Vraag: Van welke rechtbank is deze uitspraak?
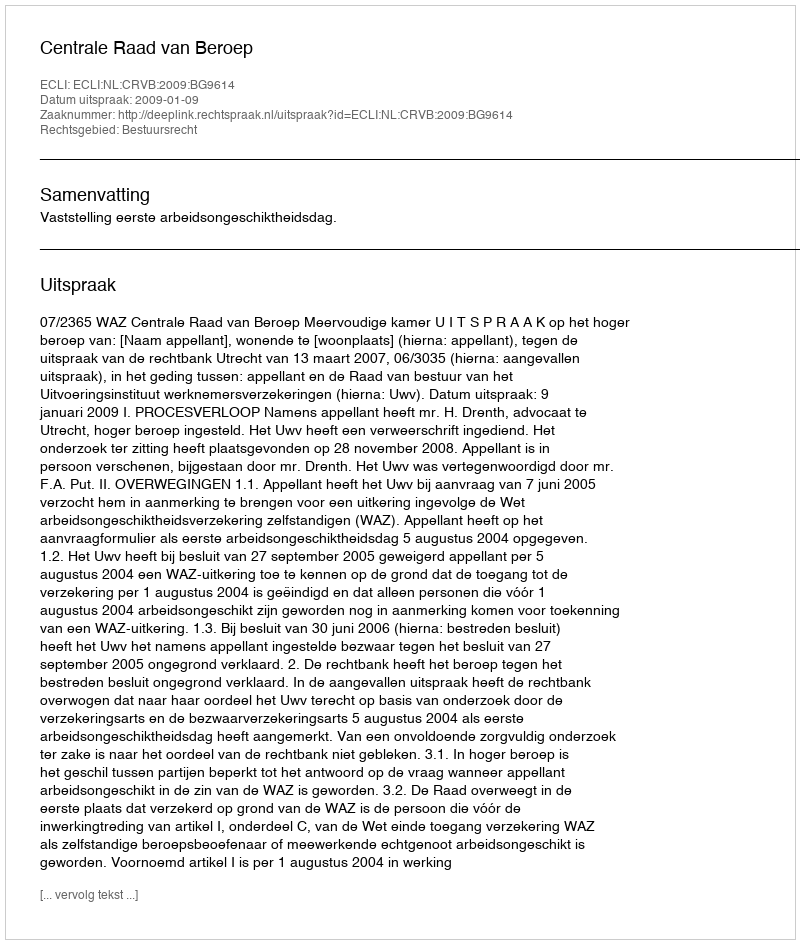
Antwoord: Centrale Raad van Beroep